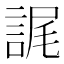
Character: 𮘕